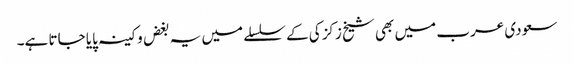
سعودی عرب میں بھی شیخ زکزکی کے سلسلے میں یہ بغض و کینہ پایا جاتا ہے۔